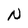
Character: N